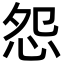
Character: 怨